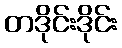
တဒိုင်းဒိုင်း